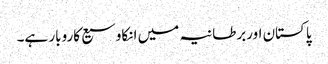
پاکستان اوربرطانیہ میں انکاوسیع کاروبار ہے۔